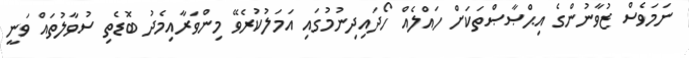
ނަމަވެސް ޒުވާނުންގެ އިޙްޞާޞްތަކަށް ހައްލެއް ހޯދައިދިނުމުގައި އަމަލުކުރެވޭ މިންވަރާއިމެދު ބޮޑެތި ސުވާލުތައް ވަނީ